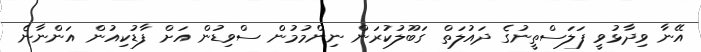
އޭނާ ވިދާޅުވީ ފަލަސްތީނުގެ ދައުލަތް ގަބޫލުކުރަން ނިންމުމުން ސްވިޑުން އަށް ފާޑުކިއުން އަންނާނެ